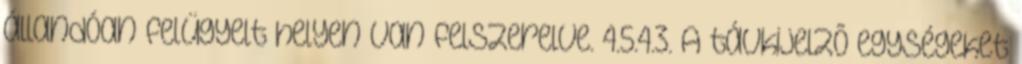
állandóan felügyelt helyen van felszerelve. 4.5.4.3. A távkijelzõ egységeket